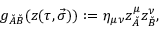
g _ { \check { A } \check { B } } ( z ( \tau , \vec { \sigma } ) ) : = \eta _ { \mu \nu } z _ { \check { A } } ^ { \mu } z _ { \check { B } } ^ { \nu } ,